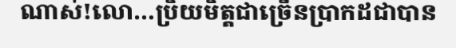
ណាស់!លោ...ប្រិយមិត្តជាច្រើនប្រាកដជាបាន